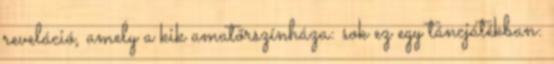
reveláció, amely a kik amatőrszínháza: sok ez egy táncjátékban: